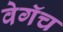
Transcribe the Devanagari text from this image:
वेगॅच